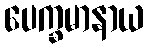
ပေက္ခမာနာယ